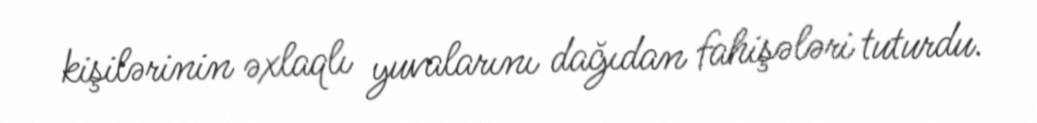
kişilərinin əxlaqlı yuvalarını dağıdan fahişələri tuturdu.